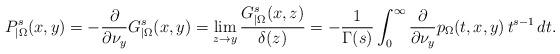
LaTeX: \begin{align*}P_{|\Omega}^s(x,y)=-\frac{\partial}{\partial\nu_y} G^s_{|\Omega}(x,y)=\lim_{z\to y}\frac{G^s_{|\Omega}(x,z)}{\delta(z)}=-\frac1{\Gamma(s)}\int_0^\infty\frac{\partial}{\partial\nu_y}p_\Omega(t,x,y)\,t^{s-1}\,dt.\end{align*}